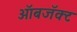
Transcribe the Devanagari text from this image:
ऑबजॅक्ट